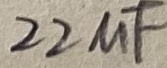
Text: 22uF